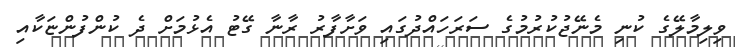
ވިލިމާލޭގެ ކުނި މެނޭޖުކުރުމުގެ ސަރަހައްދުގައި ވަށާފާރު ރާނާ ގޭޓު އެޅުމަށް ދެ ކުންފުންޏަކާއި